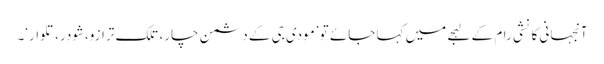
آنجہانی کانشی رام کے لہجے میں کہا جائے تو ’مودی جی کے دشمن چار، تلک ترازو،شودر، تلوار‘۔